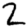
Digit: 2